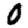
Digit: 0